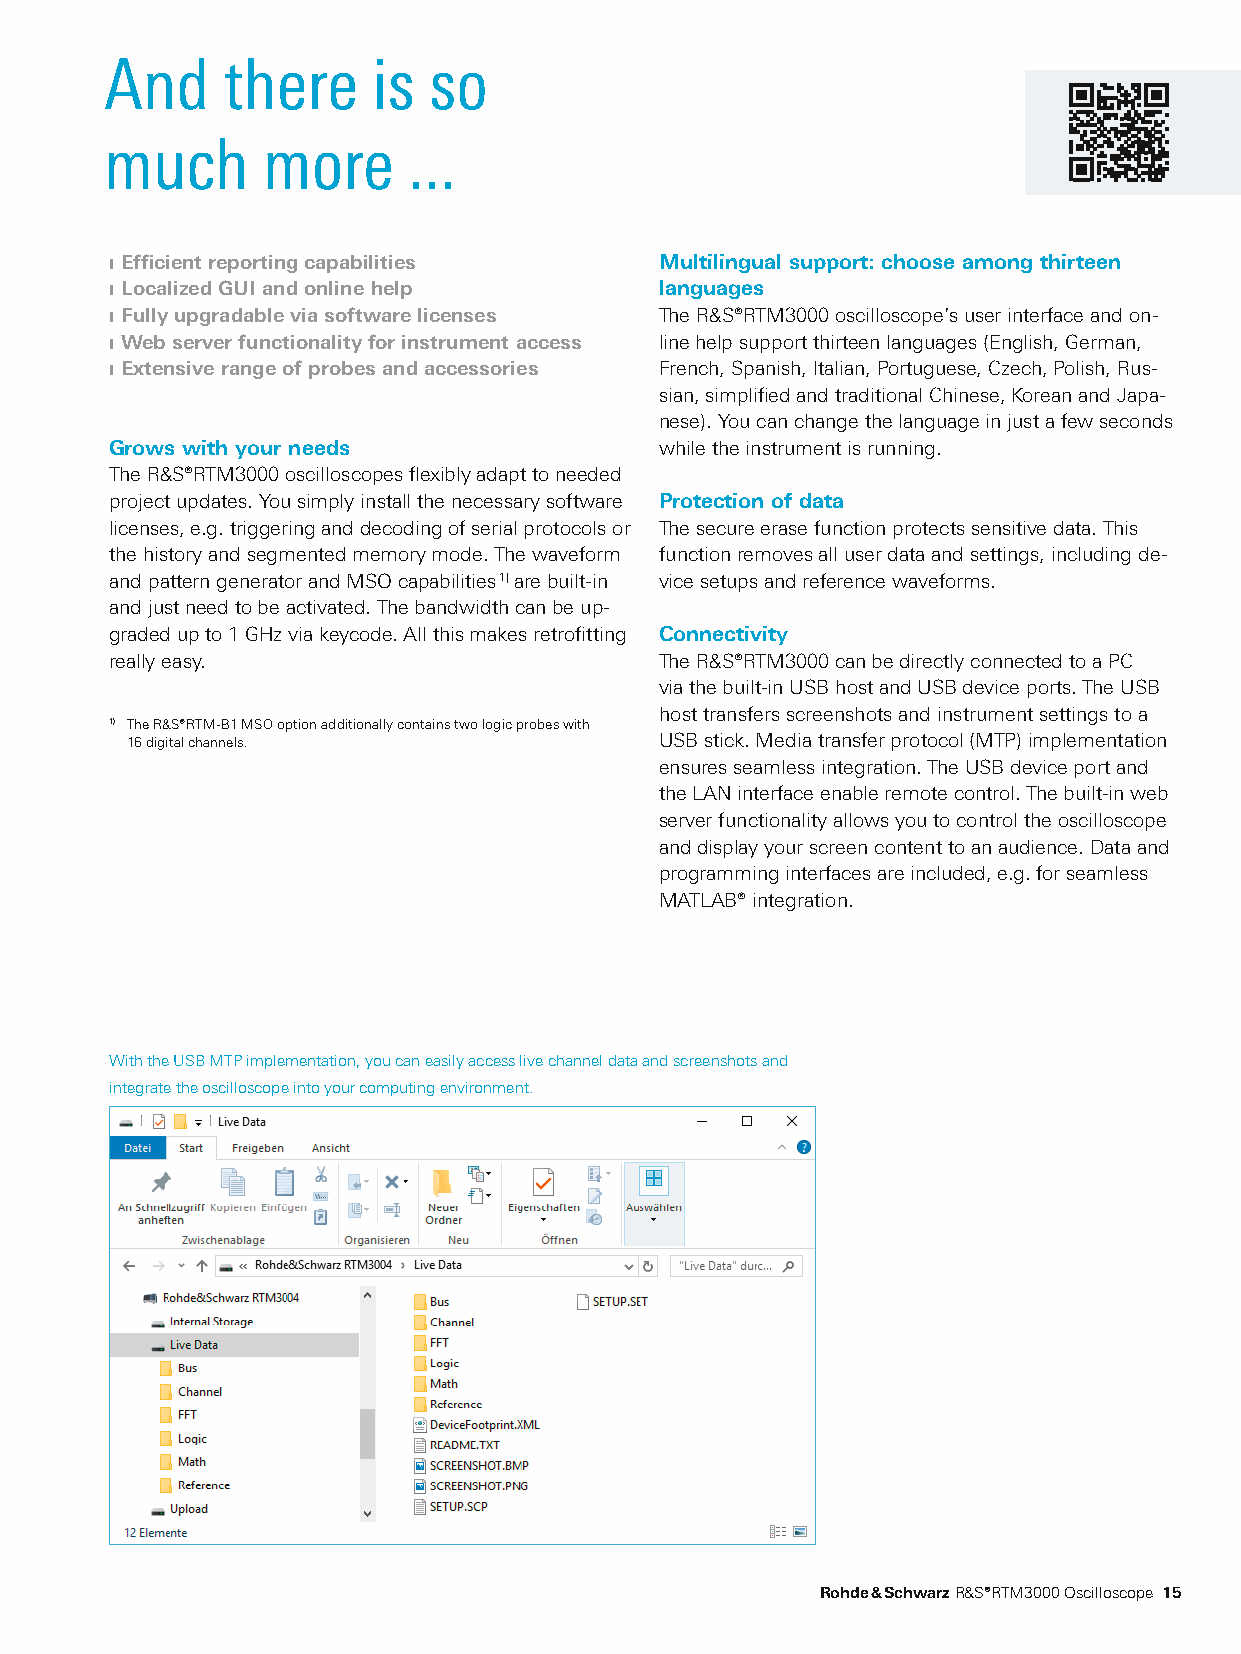
And     there     is so
 much      more      ...
 ❙ Efficient reporting capabilities   Multilingual support: choose among thirteen
 ❙ Localized GUI and online help      languages
 ❙ Fully upgradable via software licenses The R&S®RTM3000 oscilloscope’s user interface and on-
 ❙ Web server functionality for instrument access line help support thirteen languages (English, German,
 ❙ Extensive range of probes and accessories French, Spanish, Italian, Portuguese, Czech, Polish, Rus-
 sian, simplified and traditional Chinese, Korean and Japa-
 nese). You can change the language in just a few seconds
 Grows with your needs                while the instrument is running.
 The R&S®RTM3000 oscilloscopes flexibly adapt to needed
 project updates. You simply install the necessary software Protection of data
 licenses, e.g. triggering and decoding of serial protocols or The secure erase function protects sensitive data. This
 the history and segmented memory mode. The waveform function removes all user data and settings, including de-
 and pattern generator and MSO capabilities 1) are built-in vice setups and reference waveforms.
 and just need to be activated. The bandwidth can be up-
 graded up to 1 GHz via keycode. All this makes retrofitting Connectivity
 really easy.                         The R&S®RTM3000 can be directly connected to a PC
 via the built-in USB host and USB device ports. The USB
 host transfers screenshots and instrument settings to a
 1) The R&S®RTM-B1 MSO option additionally contains two logic probes with
 16 digital channels.                USB stick. Media transfer protocol (MTP) implementation
 ensures seamless integration. The USB device port and
 the LAN interface enable remote control. The built-in web
 server functionality allows you to control the oscilloscope
 and display your screen content to an audience. Data and
 programming interfaces are included, e.g. for seamless
 MATLAB® integration.
 With the USB MTP implementation, you can easily access live channel data and screenshots and
 integrate the oscilloscope into your computing environment.
 Rohde & Schwarz R&S®RTM3000 Oscilloscope 15
 RTM3000_bro_en_5214-9144-12_v0400.indd 15                               11.01.2018 09:01:30